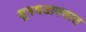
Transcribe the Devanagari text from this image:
धूमधडाक्यात